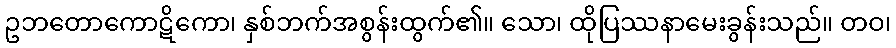
ဥဘတောကောဋိကော၊ နှစ်ဘက်အစွန်းထွက်၏။ သော၊ ထိုပြဿနာမေးခွန်းသည်။ တဝ၊